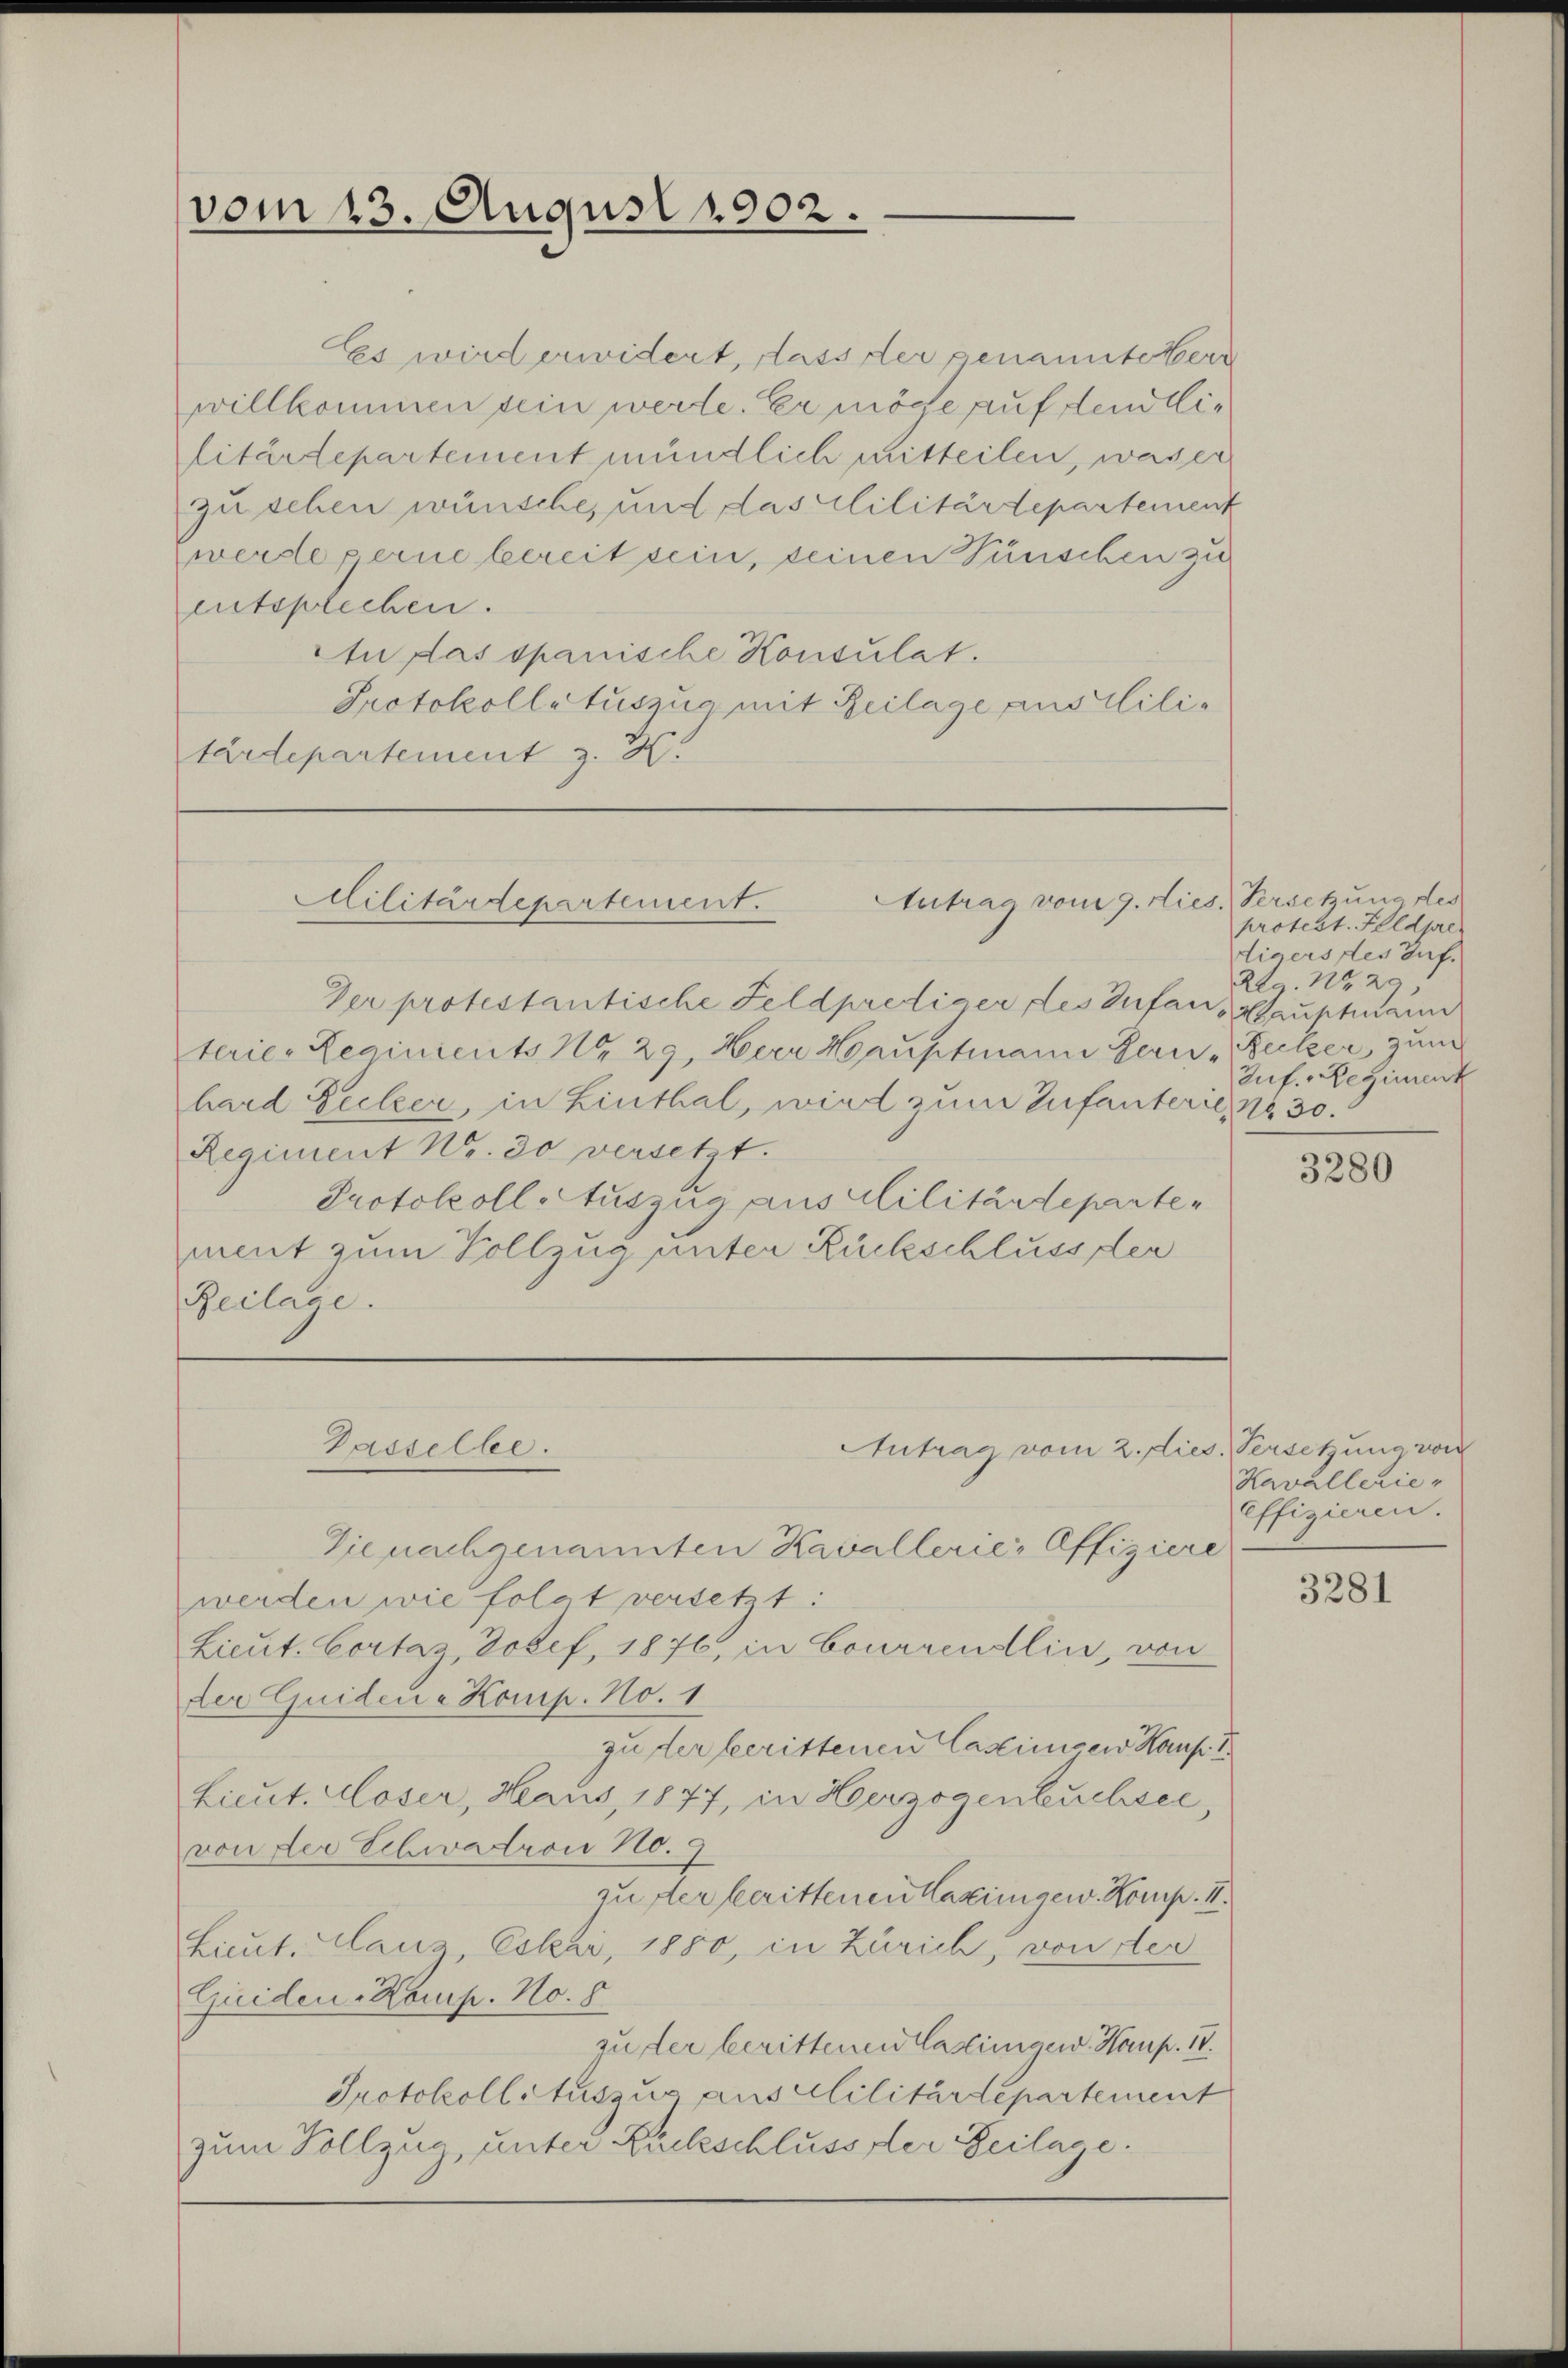
Es wird erwidert, dass der genannte terr
willkommen sein werde. Er möge auf den lilitärdepartement mündlich mitteilen, was er
zu sehen wünsche, und das Militärdepartement
werde ferne bereit sein, seinen Wünschen zu
entsprechen.
An das spanische Konsulat.
Protokollatuszug mit Beilage pusclilitärdepartement z. H.

vom 13. August 1902.

Antrag vom 9. dies Versetzung des
Militärdepartement.

Dasselbe.

Autrag vom 2. dies. Versetung von

Der protestantische Feldprediger des Infans Hauptmann
terie-Reginients No 29, Herr Hauptmann Bern, Beitzer, zum
hard Secker, in Linthal, wird zum Zufanterie, No 30.
Regiment Nr. 30 versett.
Protokoll Auszug aus Militärdepartemmit zum Vollzug unter Rückschluss der
Reilage.

Die nachgenannten Kavallerie-Offiziere
werden wie folgt versetzt:
Lieut. Cortaz, Josef, 1876, in boursendlin, von
der Quidene Komp. No. 1
zu der berittenen Casimiser Kauft
Lieut. Moser, Haus, 1877, in Herzogenbuchsee,
von der Eheatron No. 9
zuster berittenen Maximgew. Komp. II.
Lieut. Klang, Eskai, 1880, in Zürich, von der
Quiden-Homp. No. 8
zu der berittenen lastungen Haup. 18.
Protokoll Auszug aus Militärtepartement
zum Vollzug, unter Zuckschluss der Beilage.

protest. Feldpre
digers des auf.
229. No 29.
Zuf. - Regiment

3280

Kavallerie-
effizieren.

3281